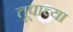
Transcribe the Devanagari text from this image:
तूपाच्या